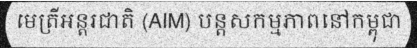
មេត្រីអន្តរជាតិ (AIM) បន្តសកម្មភាពនៅកម្ពុជា